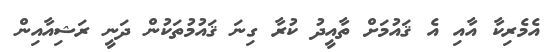
އެމެރިކާ އާއި އެ ޤައުމަށް ތާއީދު ކުރާ ގިނަ ޤައުމުތަކުން ދަނީ ރަޝިއާއިން